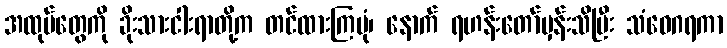
အထုပ်တွေကို ခိုးသားငါးရာတို့က တင်ထားကြပုံ၊ နောက် ရဟန်းတော်မှန်းသိပြီး သံဝေဂရကာ